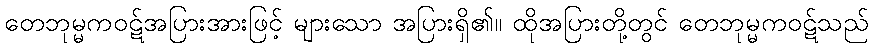
တေဘုမ္မကဝဋ်အပြားအားဖြင့် များသော အပြားရှိ၏။ ထိုအပြားတို့တွင် တေဘုမ္မကဝဋ်သည်